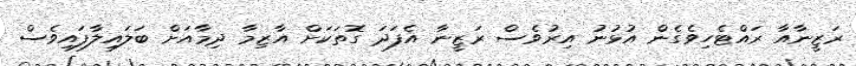
ރަޒީނާއާ ރައްޓެހިވެގެން އުޅުނު އިރުވެސް ރަޒީނާ އެފަދަ ގޮތަކަށް އާޒިމާ ދިމާއަށް ބަލައިލާފައިވެސް